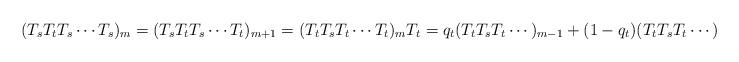
LaTeX: \begin{align*}(T_sT_tT_s\cdots T_s)_m=(T_sT_tT_s\cdots T_t)_{m+1}=(T_tT_sT_t\cdots T_t)_mT_t=q_t(T_tT_sT_t\cdots)_{m-1}+(1-q_t)(T_tT_sT_t\cdots)_m\end{align*}